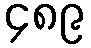
၄၈၉